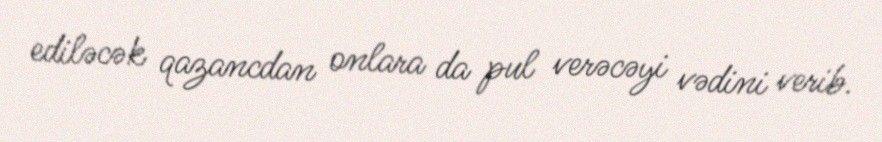
ediləcək qazancdan onlara da pul verəcəyi vədini verib.